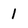
Character: 1